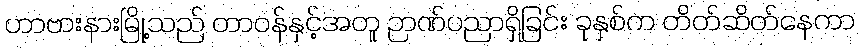
ဟာဗားနားမြို့သည် တာဝန်နှင့်အတူ ဉာဏ်ပညာရှိခြင်း ခုနှစ်က တိတ်ဆိတ်နေကာ